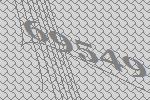
69549